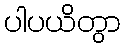
ပါပယိတွာ